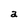
Character: a